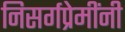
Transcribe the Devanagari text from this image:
निसर्गप्रेमींनी